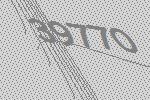
39770